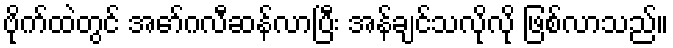
ဗိုက်ထဲတွင် အော်ဂလီဆန်လာပြီး အန်ချင်သလိုလို ဖြစ်လာသည်။